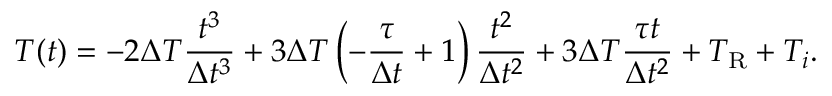
T ( t ) = - 2 \Delta T \frac { t ^ { 3 } } { \Delta t ^ { 3 } } + 3 \Delta T \left( - \frac { \tau } { \Delta t } + 1 \right) \frac { t ^ { 2 } } { \Delta t ^ { 2 } } + 3 \Delta T \frac { \tau t } { \Delta t ^ { 2 } } + T _ { \mathrm { R } } + T _ { i } .